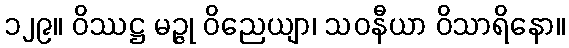
၁၂၉။ ဝိဿဋ္ဌ မဉ္ဇု ဝိညေယျာ၊ သဝနီယာ ဝိသာရိနော။